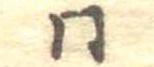
同